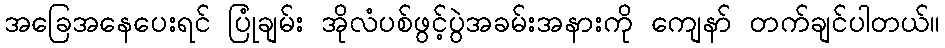
အခြေအနေပေးရင် ပြုံချမ်း အိုလံပစ်ဖွင့်ပွဲအခမ်းအနားကို ကျေနာ် တက်ချင်ပါတယ်။